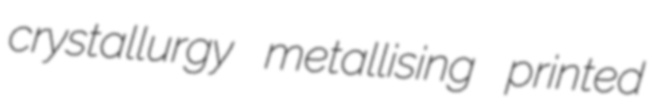
crystallurgy metallising printed